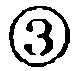
\textcircled{3}